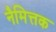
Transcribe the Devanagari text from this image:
नैमित्तक